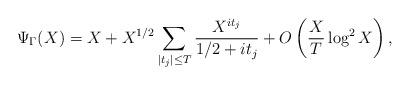
LaTeX: \begin{align*}\Psi_{\Gamma}(X)=X+X^{1/2}\sum_{|t_j|\le T}\frac{X^{it_j}}{1/2+it_j}+O\left(\frac{X}{T}\log^2X\right),\end{align*}